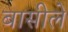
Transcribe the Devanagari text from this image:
बासीले